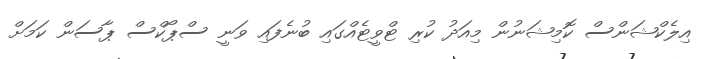
އިލެކްޝަންސް ކޮމިޝަނުން މިއަދު ކުރި ޓްވީޓެއްގައި ބުނެފައި ވަނީ ސްޕޯކްސް ޕާސަން ކަމަށް